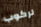
لركوب